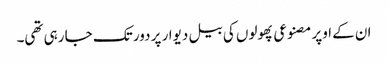
ان کے اوپر مصنوعی پھولوں کی بیل دیوار پر دور تک جا رہی تھی۔